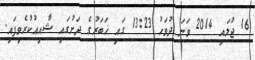
16 ޖުލައި 2014 ވަނަ ދުވަހު 13:23 ގައި ޚަބަރުގެ ދަށުގައި ޝާއިޢުކުރެވިފައި.